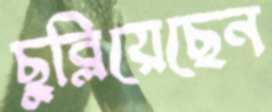
ছুব্‌লিয়েছেন